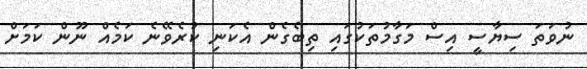
ނުވަތަ ސިޔާސީ އިސް މަގާމުތަކުގައި ތިބެގެން އެކަނި ކުރެވޭނެ ކަމެއް ނޫން ކަމަށް